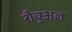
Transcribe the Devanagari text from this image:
रीचुअल